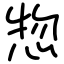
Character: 惣